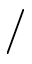
/